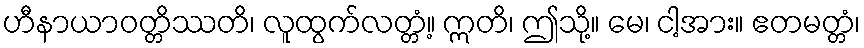
ဟီနာယာဝတ္တိဿတိ၊ လူထွက်လတ္တံ့။ ဣတိ၊ ဤသို့။ မေ၊ ငါ့အား။ ဧတမတ္တံ၊